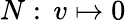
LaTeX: N:\, v\mapsto 0